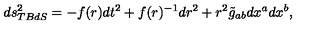
d s _ { T B d S } ^ { 2 } = - f ( r ) d t ^ { 2 } + f ( r ) ^ { - 1 } d r ^ { 2 } + r ^ { 2 } \tilde { g } _ { a b } d x ^ { a } d x ^ { b } ,